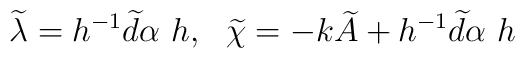
\widetilde{\lambda}= h^{-1}\widetilde{d}\alpha \ h, \ \ \widetilde{\chi}=-k\widetilde{A}+h^{-1}\widetilde{d}\alpha \ h